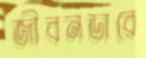
জীবনডারে